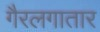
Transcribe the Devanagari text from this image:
गैरलगातार